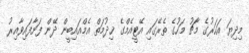
މިދިޔަ އަހަރުގެ މާޗު މަހުގެ ތެރޭގައި އޭޓީއެމްގެ ޚިދުމަތް އެމްއައިބީން ދޭން ފަށާފައިވާއިރު